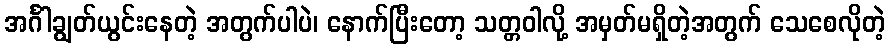
အင်္ဂါချွတ်ယွင်းနေတဲ့ အတွက်ပါပဲ၊ နောက်ပြီးတော့ သတ္တဝါလို့ အမှတ်မရှိတဲ့အတွက် သေစေလိုတဲ့